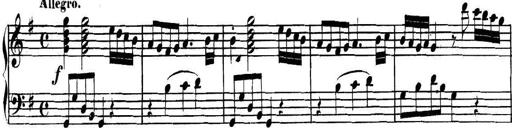
Title: Collected Piano Sonatas
Composer: Muzio Clementi